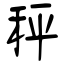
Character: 秤